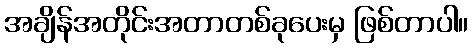
အချိန်အတိုင်းအတာတစ်ခုပေးမှ ဖြစ်တာပါ။